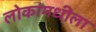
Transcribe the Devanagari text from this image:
लोकांमधीला